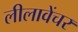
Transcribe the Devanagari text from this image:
लीलावेंचर